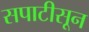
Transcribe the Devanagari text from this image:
सपाटीसून